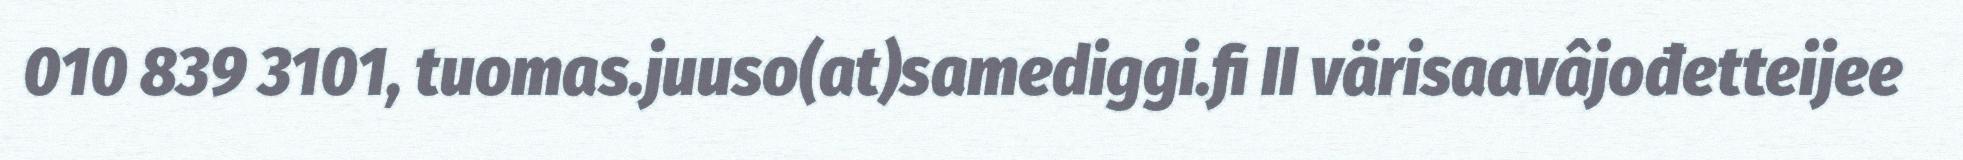
010 839 3101, tuomas.juuso(at)samediggi.fi II värisaavâjođetteijee